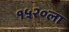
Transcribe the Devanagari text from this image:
१५२०ला